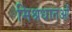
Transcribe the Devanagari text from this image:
मिश्रधातओं